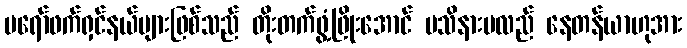
ပရော်ဖက်ရှင်နယ်များဖြစ်သည် တိုးတက်ဖွံ့ဖြိုးအောင် မသိနားမလည် နေတန်ယာဟုအား